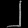
Digit: ၂